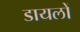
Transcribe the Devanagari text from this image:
डायलों